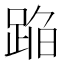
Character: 𰸒